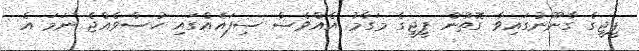
ޕީޖީގެ ގާނޫނުގައިވާ ގޮތުން ޕީޖީގެ މަގާމު އެއްވެސް ސިފައެއްގައި ހުސްވެއްޖެ ނަމަ އެ